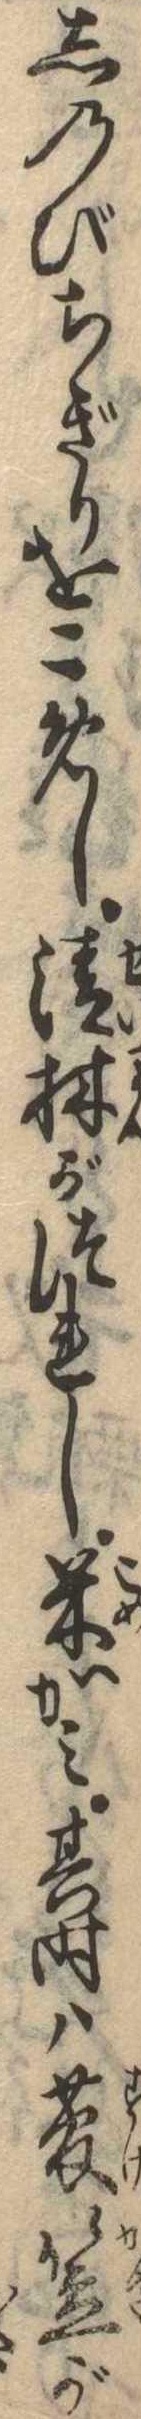
しのびちぎりをこめし清林がつれし米かみ其時は菅笠が